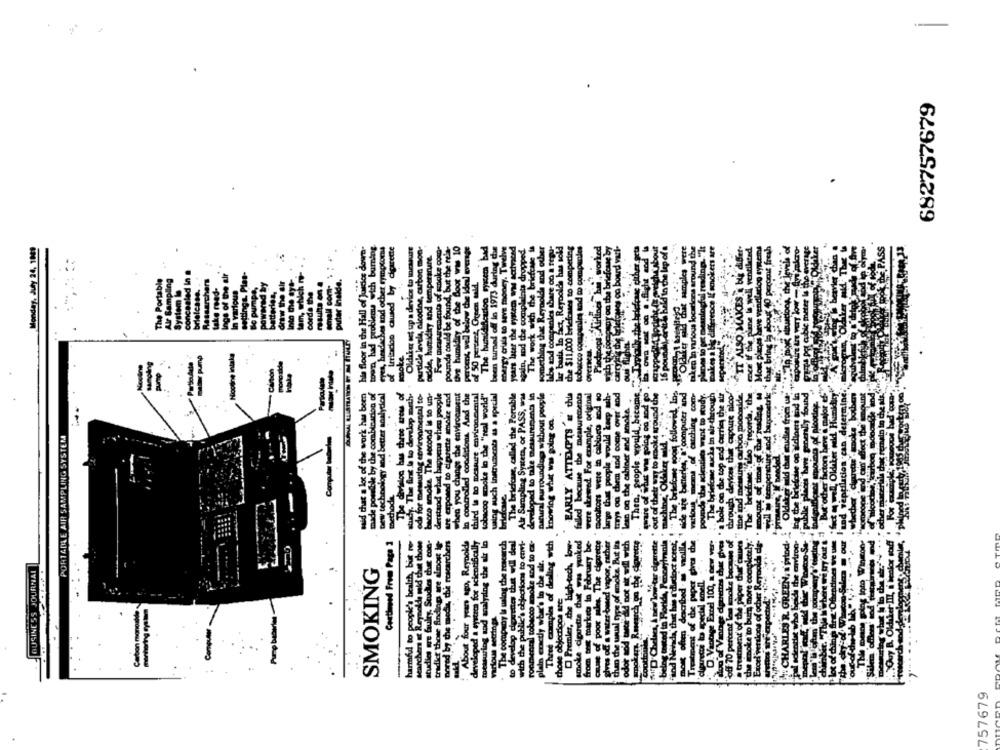
-
682757679
Monday, July 24, 1
said that a lot of the work has been his floor in the Hall of Justice
town, had problems with bu
eres, headaches and ocher ayar
of Lerincion caused by die
Oldiker set up a device to me
particle levele, alcodine, carbon
midkry and temperar
Few pansements of snake
pounds could be found, but the
It humidicy of the Boor w
percent well below the Ide
The humidification Fyisem
been turned off in 1973 durin
energy criale to save money. T
years later the system W Na
again, and the complaints dro
The work with the bricht
something that Reynolds and
labs sod companies share on a
at, Reynolds ha
che $11,000 briefcases to com
tobacco cocapanies and wo com
small com .
putar inalde.
of 50 percent, Green wald.
Nootne intake
saber pump
moke
In controlled conditions And the
using auch Instruments as a special
made possible by the combination of
new technology and better acalydesl
The division bas three arow of
study. The ink ie to develop meth.
ode for measuring environmental to-
bacco smoke The second is to un-
denstand what happens when people
are exposed to cigarette smoke and
Hanse the envirocanent
third is to measure environmental
tobacco smoke lo the "real world"
The bricicane, called the Percable
Air Sampling Systema, or PASS, was
developed to take mesurements in
tural surrounding without people
EARLY ATTEMPTS 'a this
failed because the measurements
were skewed. For example, original
knowing what was going on.
PORTABLE AIR SAMPLING SYSTEM
people would
tuys og chiem and come
han og the cabinet and
Then, people would
when you change
methode
-
harmed to people's health, but no-
searchers at Reynolds mid that chose
tradit those finding are almost ig-
mesh, the researchers
!About four years ago, Reynolds
eped a eystata for scientifically
. The company Is ualog the research
to develop cigarettes that will del
with the public's objections to envi-
ropmental tobacco smoke and to ex-
Three coamples of dealing wich
Premier, the high-tech, low-
smoke cigarette chet was yanked
from the markets in February be-
Continued From Page 1
measuring and analyzing the al In
plato enctly what's in che ale.
BUSINESS JOURNAL
SMOKING
studies we faulty. Se
pored by the ec-
those objections are
various setrings
Computer .
developed
757679